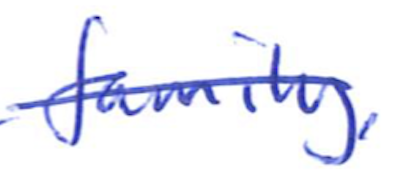
Text: family,
Cross-out: single-line
Writing tool: ballpoint